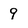
Character: 9